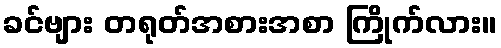
ခင်ဗျား တရုတ်အစားအစာ ကြိုက်လား။